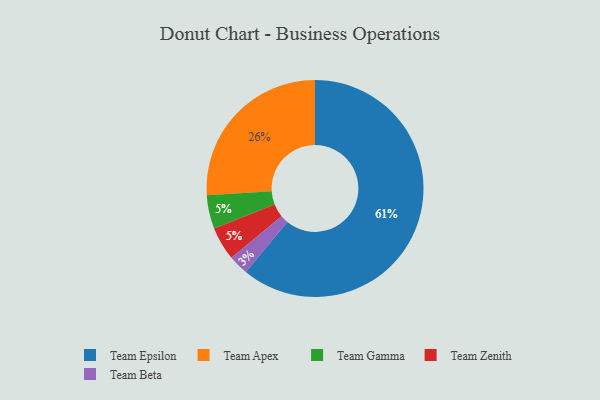
{"axis": {"x": "Category", "y": "Percentage"}, "legend": ["Team Apex", "Team Beta", "Team Epsilon", "Team Gamma", "Team Zenith"], "data": [{"x": "Team Apex", "y": 26, "type": "Team Apex"}, {"x": "Team Gamma", "y": 5, "type": "Team Gamma"}, {"x": "Team Epsilon", "y": 61, "type": "Team Epsilon"}, {"x": "Team Zenith", "y": 5, "type": "Team Zenith"}, {"x": "Team Beta", "y": 3, "type": "Team Beta"}]}